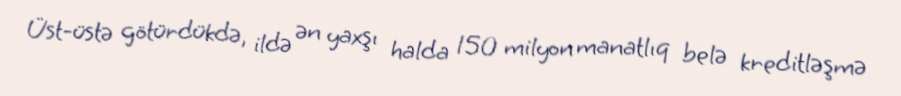
Üst-üstə götürdükdə, ildə ən yaxşı halda 150 milyon manatlıq belə kreditləşmə